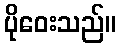
ပိုဝေးသည်။